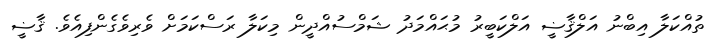
ތުއްކަލާ އިބްނު އަލްޤާޟީ އަލްކަބީރު މުޙައްމަދު ޝަމްސުއްދީން މިކަލާ ރަސްކަމަށް ވެރިވެގެންފިއެވެ. ޤާޟީ